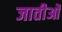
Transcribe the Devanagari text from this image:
जातीओं